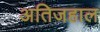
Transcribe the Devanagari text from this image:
अतिजहाल